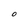
Character: O